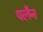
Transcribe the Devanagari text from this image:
पलैन